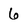
Character: 6